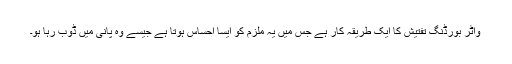
واٹر بورڈنگ تفتیش کا ایک طریقہِ کار ہے جس میں یہ ملزم کو ایسا احساس ہوتا ہے جیسے وہ پانی میں ڈوب رہا ہو۔